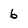
Character: 6